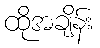
ထိုအချိန်း